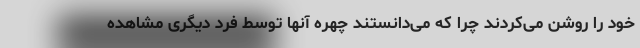
خود را روشن می‌کردند چرا که می‌دانستند چهره آنها توسط فرد دیگری مشاهده